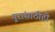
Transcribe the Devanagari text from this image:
गुरांसाठीही